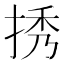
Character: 𢭆